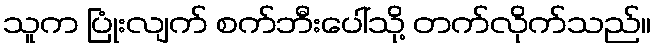
သူက ပြုံးလျက် စက်ဘီးပေါ်သို့ တက်လိုက်သည်။